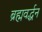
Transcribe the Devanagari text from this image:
ब्रह्मवर्द्धन